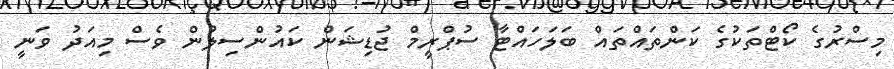
މިސްރުގެ ކޯޓްތަކުގެ ކަންތައްތައް ބަލަހައްޓާ ސުޕްރީމް ޖުޑިޝަން ކައުންސިލުން ވެސް މިއަދު ވަނީ